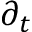
\partial _ { t }